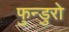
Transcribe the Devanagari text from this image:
फुन्डुरो